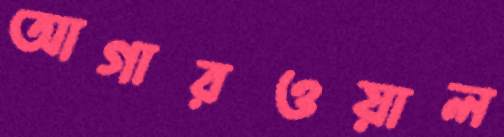
আগারওয়াল